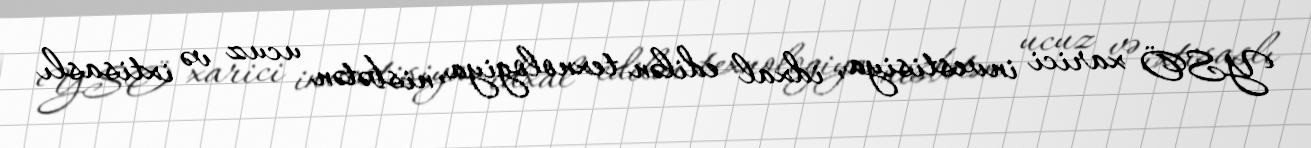
YSÖ xarici investisiya, idxal edilən texnologiya, nisbətən ucuz və ixtisaslı